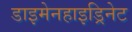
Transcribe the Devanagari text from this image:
डाइमेनहाइड्रिनेट